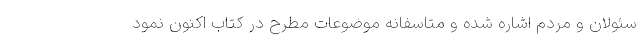
سئولان و مردم اشاره شده و متاسفانه موضوعات مطرح در کتاب اکنون نمود